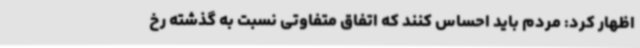
اظهار کرد: مردم باید احساس کنند که اتفاق متفاوتی نسبت به گذشته رخ